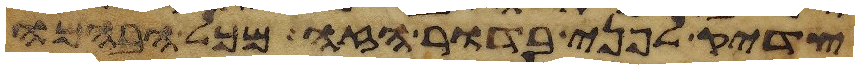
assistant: צדיק לפני בדור הזה מכל הבהמה